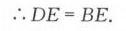
\(\therefore DE = BE.\)